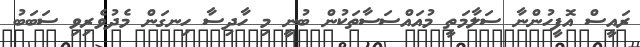
ރައީސް އޮފީހުންނާ ސަލާމަތީ މުއައްސަސާތަކުން ބުނީ މި ހާދިސާ ހިނގަން މެދުވެރިވި ސަބަބު